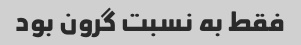
فقط به نسبت گرون بود